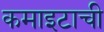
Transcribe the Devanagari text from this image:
कमाइटाची